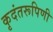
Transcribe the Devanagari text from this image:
कृदंतरूपिणी